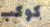
كوكب